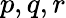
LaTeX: p,q,r